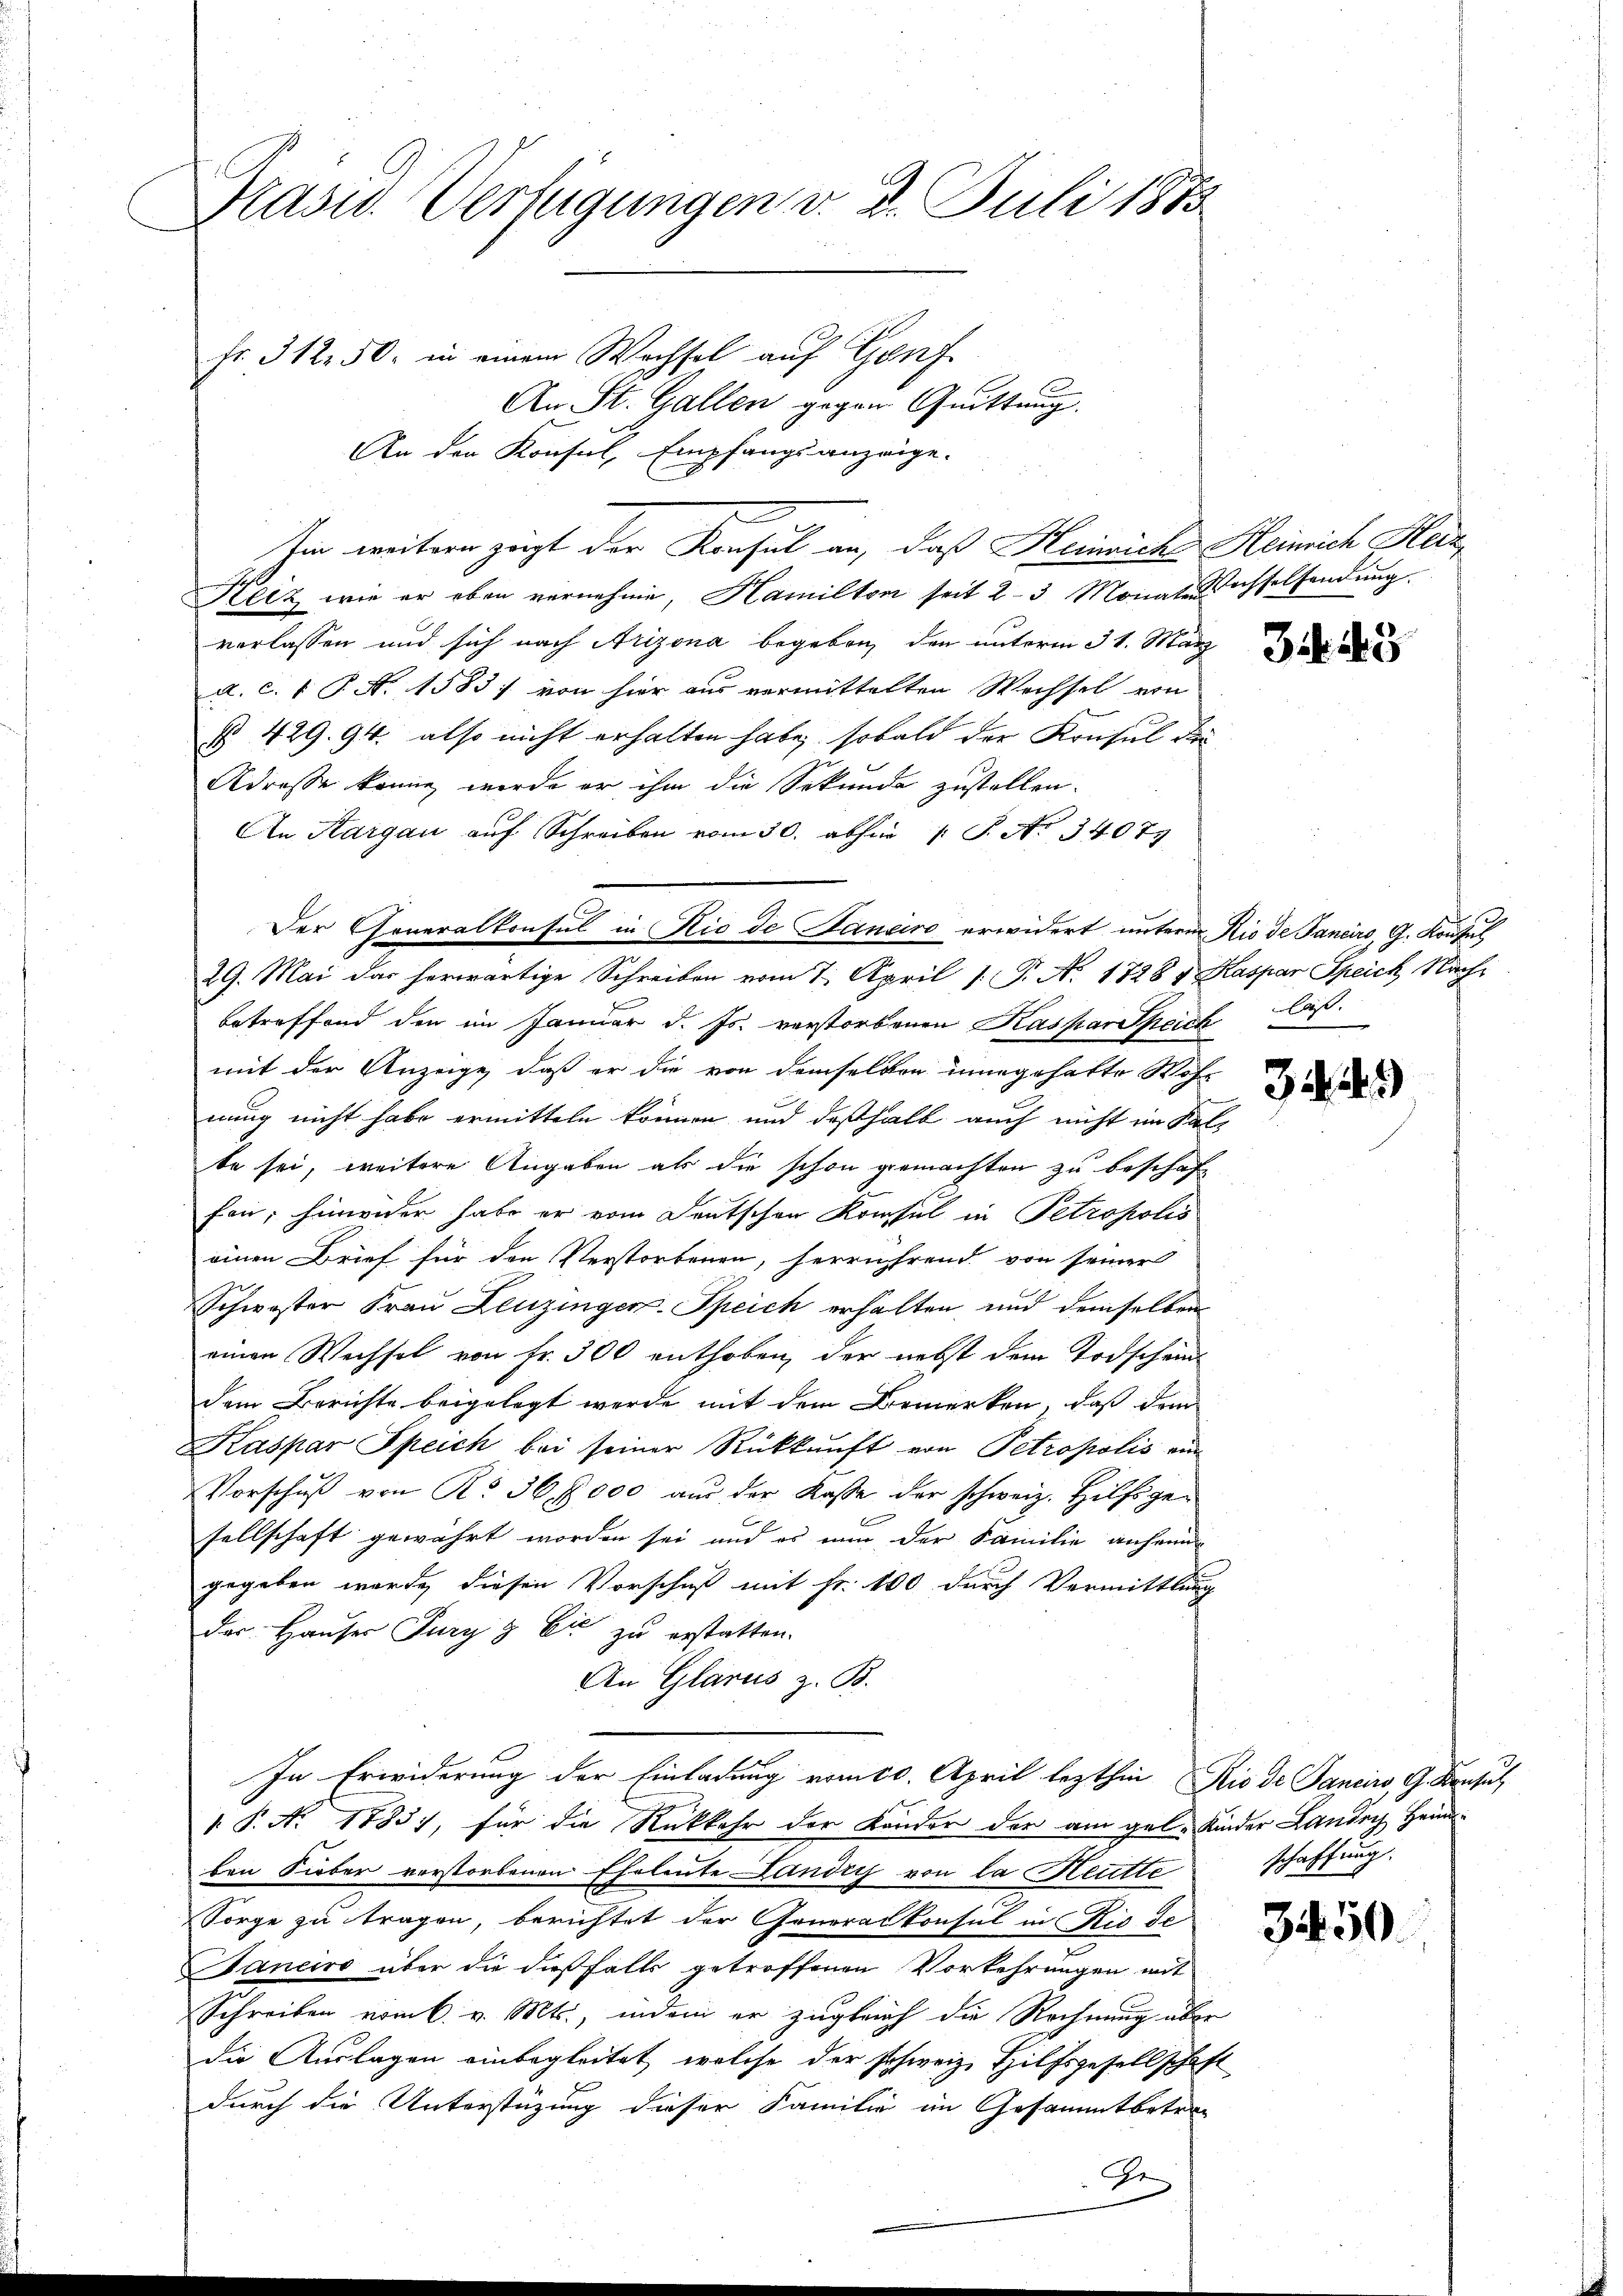
Präsid. Verfügungen v. 3. Juli 1873
Fr. 312. 50. in einem Wechsel auf Genf.

An den Konsul, Empfangsanzeige.
Reiz wie er eben vernehme, Hamilton seit 2-3 Monat Wachselsendŭng.
verlassen und sich nach Arizona begeben, den unterm 31. März
a. c. 1 P. N. 1583; von hier aus vermittelten Wechsel von
§ 429. 94. also nicht erhalten habe, sobald der Konsul da
Adresse könne werde er ihm die Sekunde zustellen.
An Sargau auf Schrei vom 30. abhin 1 S. No. 34079
Der Generalkonsul in Rio de Saneiro erwidert unterm Kio de Pancirs, G. Konsul
29. Mai das herwärtige Schreiben vom 7. April 1. P. N. 1728 v. Kaspar Speich Nachbetreffend den im Januar d. Js. verstorbenen Kaspar Speich lass
mit der Anzeige, daß er die von demselben innegehalte Woh-
nung nicht habe ermitteln können und deßhalb auch nicht im Kal-
te sei, weitere Angaben als die schon gemachten zu beschaffen; hinwider habe er vom Deutschen Konsul in Petropolis
einen Brief für den Verstorbenen, herrührend von seiner
Schwester Frau Leuzinger-Speich erhalten und demselben
einen Wechsel von Fr. 300 enthoben, der nebst dem Todschein
dem Berichte beigelegt werde mit dem Bemerken, daß dem
Kaspar Speich bei seiner Rückkunft von Petropolis ein
VVorschŭβ von No 36. 7000 aus der Kasse der schweiz. Hilfsgesellschaft gewährt worden sei und es nun der Familie anheim
gegeben werde, diesen Vorschuß mit Fr. 100 durch Vermittlung
der Hauser Jury & Cie zu erstatten.
An Glarus z. B.
In Erwiderung der Einladung vom 20. April lezthin Rio de Janeiro, G. Konsul
 P. Ao 1883), für die Rückkehr der Kondor der am gel. Kinder Lander Heimben Sieber verstorbenen Eheleute Landry von la Heutte
Sorge zu tragen, berichtet der Generalkonsul in Rio de
Janeiro über die dießfalls getroffenen Vorkehrungen mit
Schreiben vom 6. v. Mts., indem er zugleich die Rechnung über
die Auslagen einbegleitet, welche der schweiz, Hilfsgesellschaft
durch die Unterstüzung dieser Familie im Gesammtbetren
Ge

An St. Gallen gegen Quittung.
hin weitern zeigt der Konsul an, daß Heinrich Heinrich Hein¬

schaffung.

E

3. 143

349)

3150.